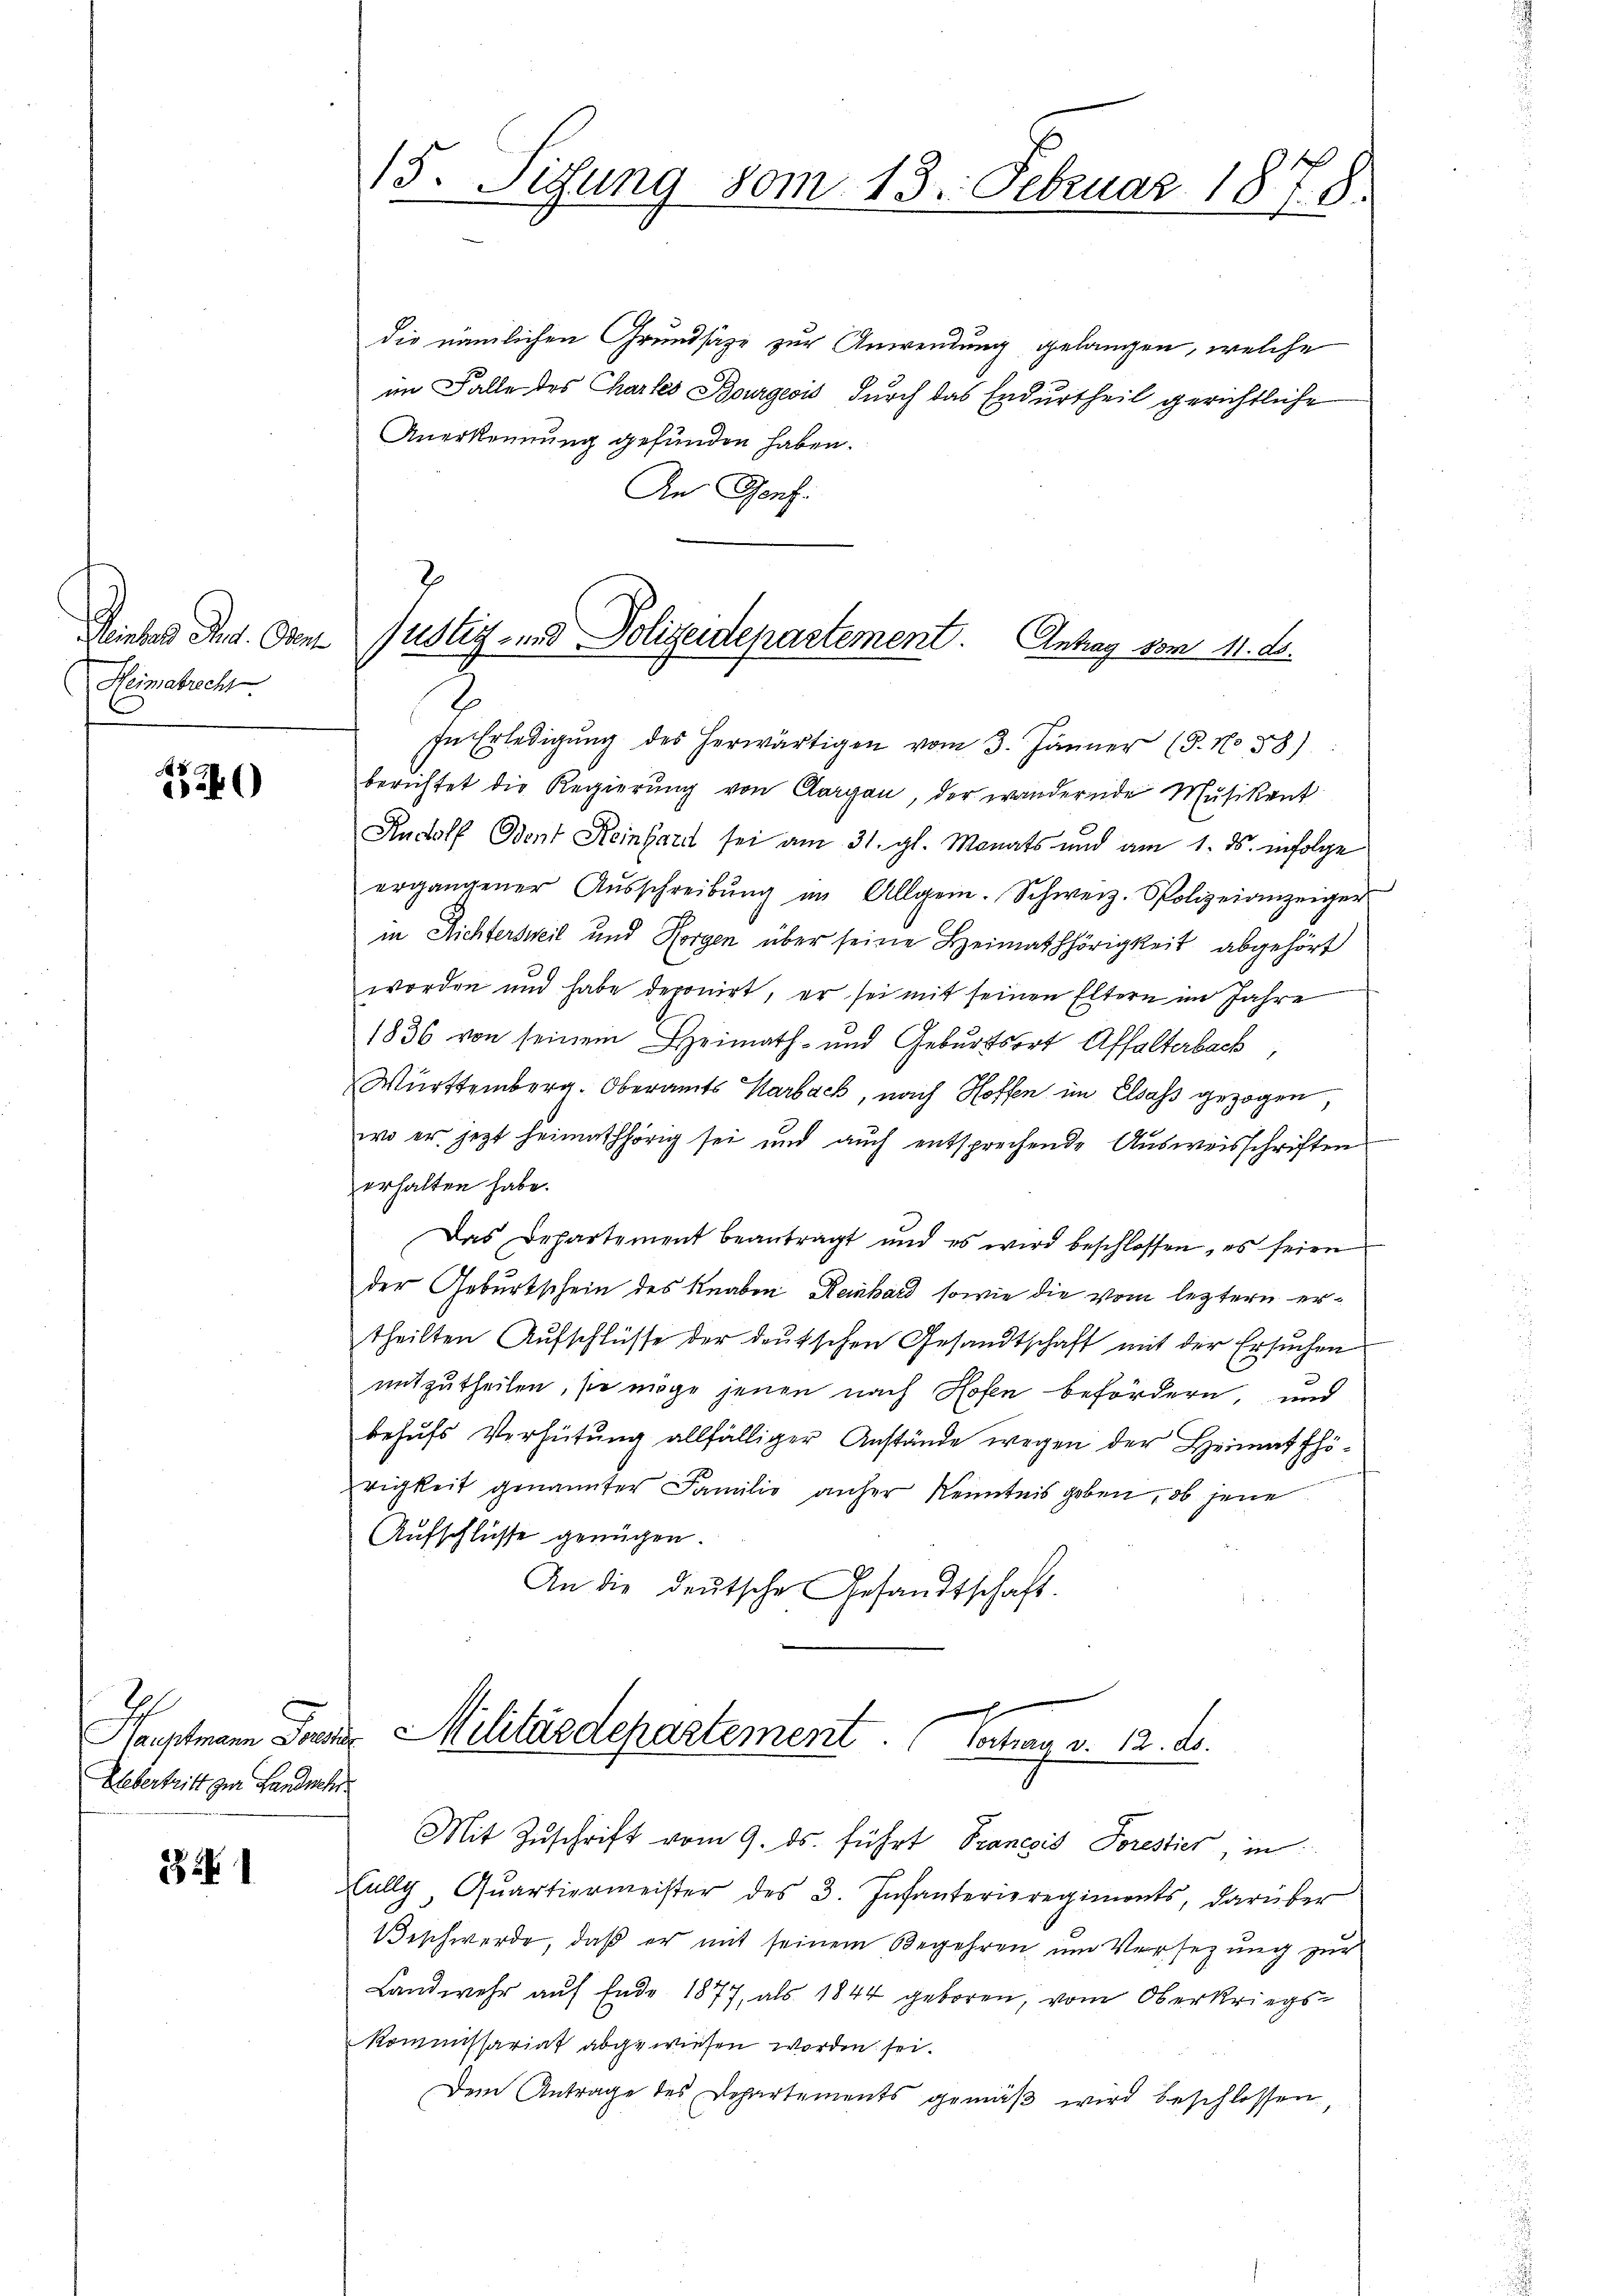
Rinters Rud. Gen
Heimabrecht

4

E
Uebertritt zur Landwehr

1

15. Sitzung vom 13. Februar 1878.

die nämlichen Grundsätze zur Anwendung gelangen, welche
im Falle des Chartes Bourgeois durch das Endurtheil gerichtliche
Anerkennung gefunden haben.
An Genf.
7

justiz- und Polizeidepartement. Antrag vom 11. d.
2

In Erledigŭng des herwärtigen vom 3. Jänner (§. No 58)
berichtet die Regierung von Aargau, der wandernde Musikant
Rudolf Odent Keinhard sei am 31. gl. Monats und am 1. ds. infolge
ergangener Aŭsschreibŭng im Allgem. Schweiz. Polizeianzeiger
in Richtersweil und Horgen über seine Heimathörigkeit abgehört
worden und habe deronirt, er sei mit seinen Eltern im Jahre
1836 von seinem Heimath- und Geburtsort Affalterbach
Württemberg. Oberamts Marbach, nach Hoffen im Elsass gezogen
wo er jetzt heimathörig sei und auch entsprechende Ausweisschriften
erhalten habe.
Das Departement beantragt und es wird beschlossen, es seien
der Geburtschein des Knaben Reinhard, sowie die vom leztern ertheilten Aufschlüsse der deutschen Gesandtschaft mit der Ersuchen
mitzutheilen, sie möge jenen nach Hofen befördern, und
behufs Verhütung allfälliger Anstände wegen der Heimat fhörigkeit genannter Familie anher Kenntnis geben, ob jene
Aufschlüsse genügen.
An die deutsche Gesandtschaft.

h
Hauptmann Forder Militärdepartement. " Vertrag v. 12. ds.
Mit Zuschrift vom 9. ds. führt Prancis Sorestier, in

ully, Quartiermeister des 3. Infanterieregiments, darüber
Beschwerde, daß er mit seinem Begehren um Versezung zur
Landwehr auf Ende 1877, als 1844 geboren, vom Oberkriegs¬
Kommissariat abgewiesen worden sei.
Dem Antrage des Departements gemäβ wird beschlossen